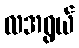
လအရွယ်